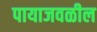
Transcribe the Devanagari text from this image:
पायाजवळील